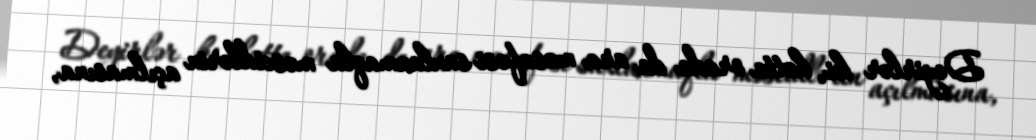
Deyirlər ki, hətta orada da ara məsafəsi saxlanmaqla məscidlərin açılmasına,